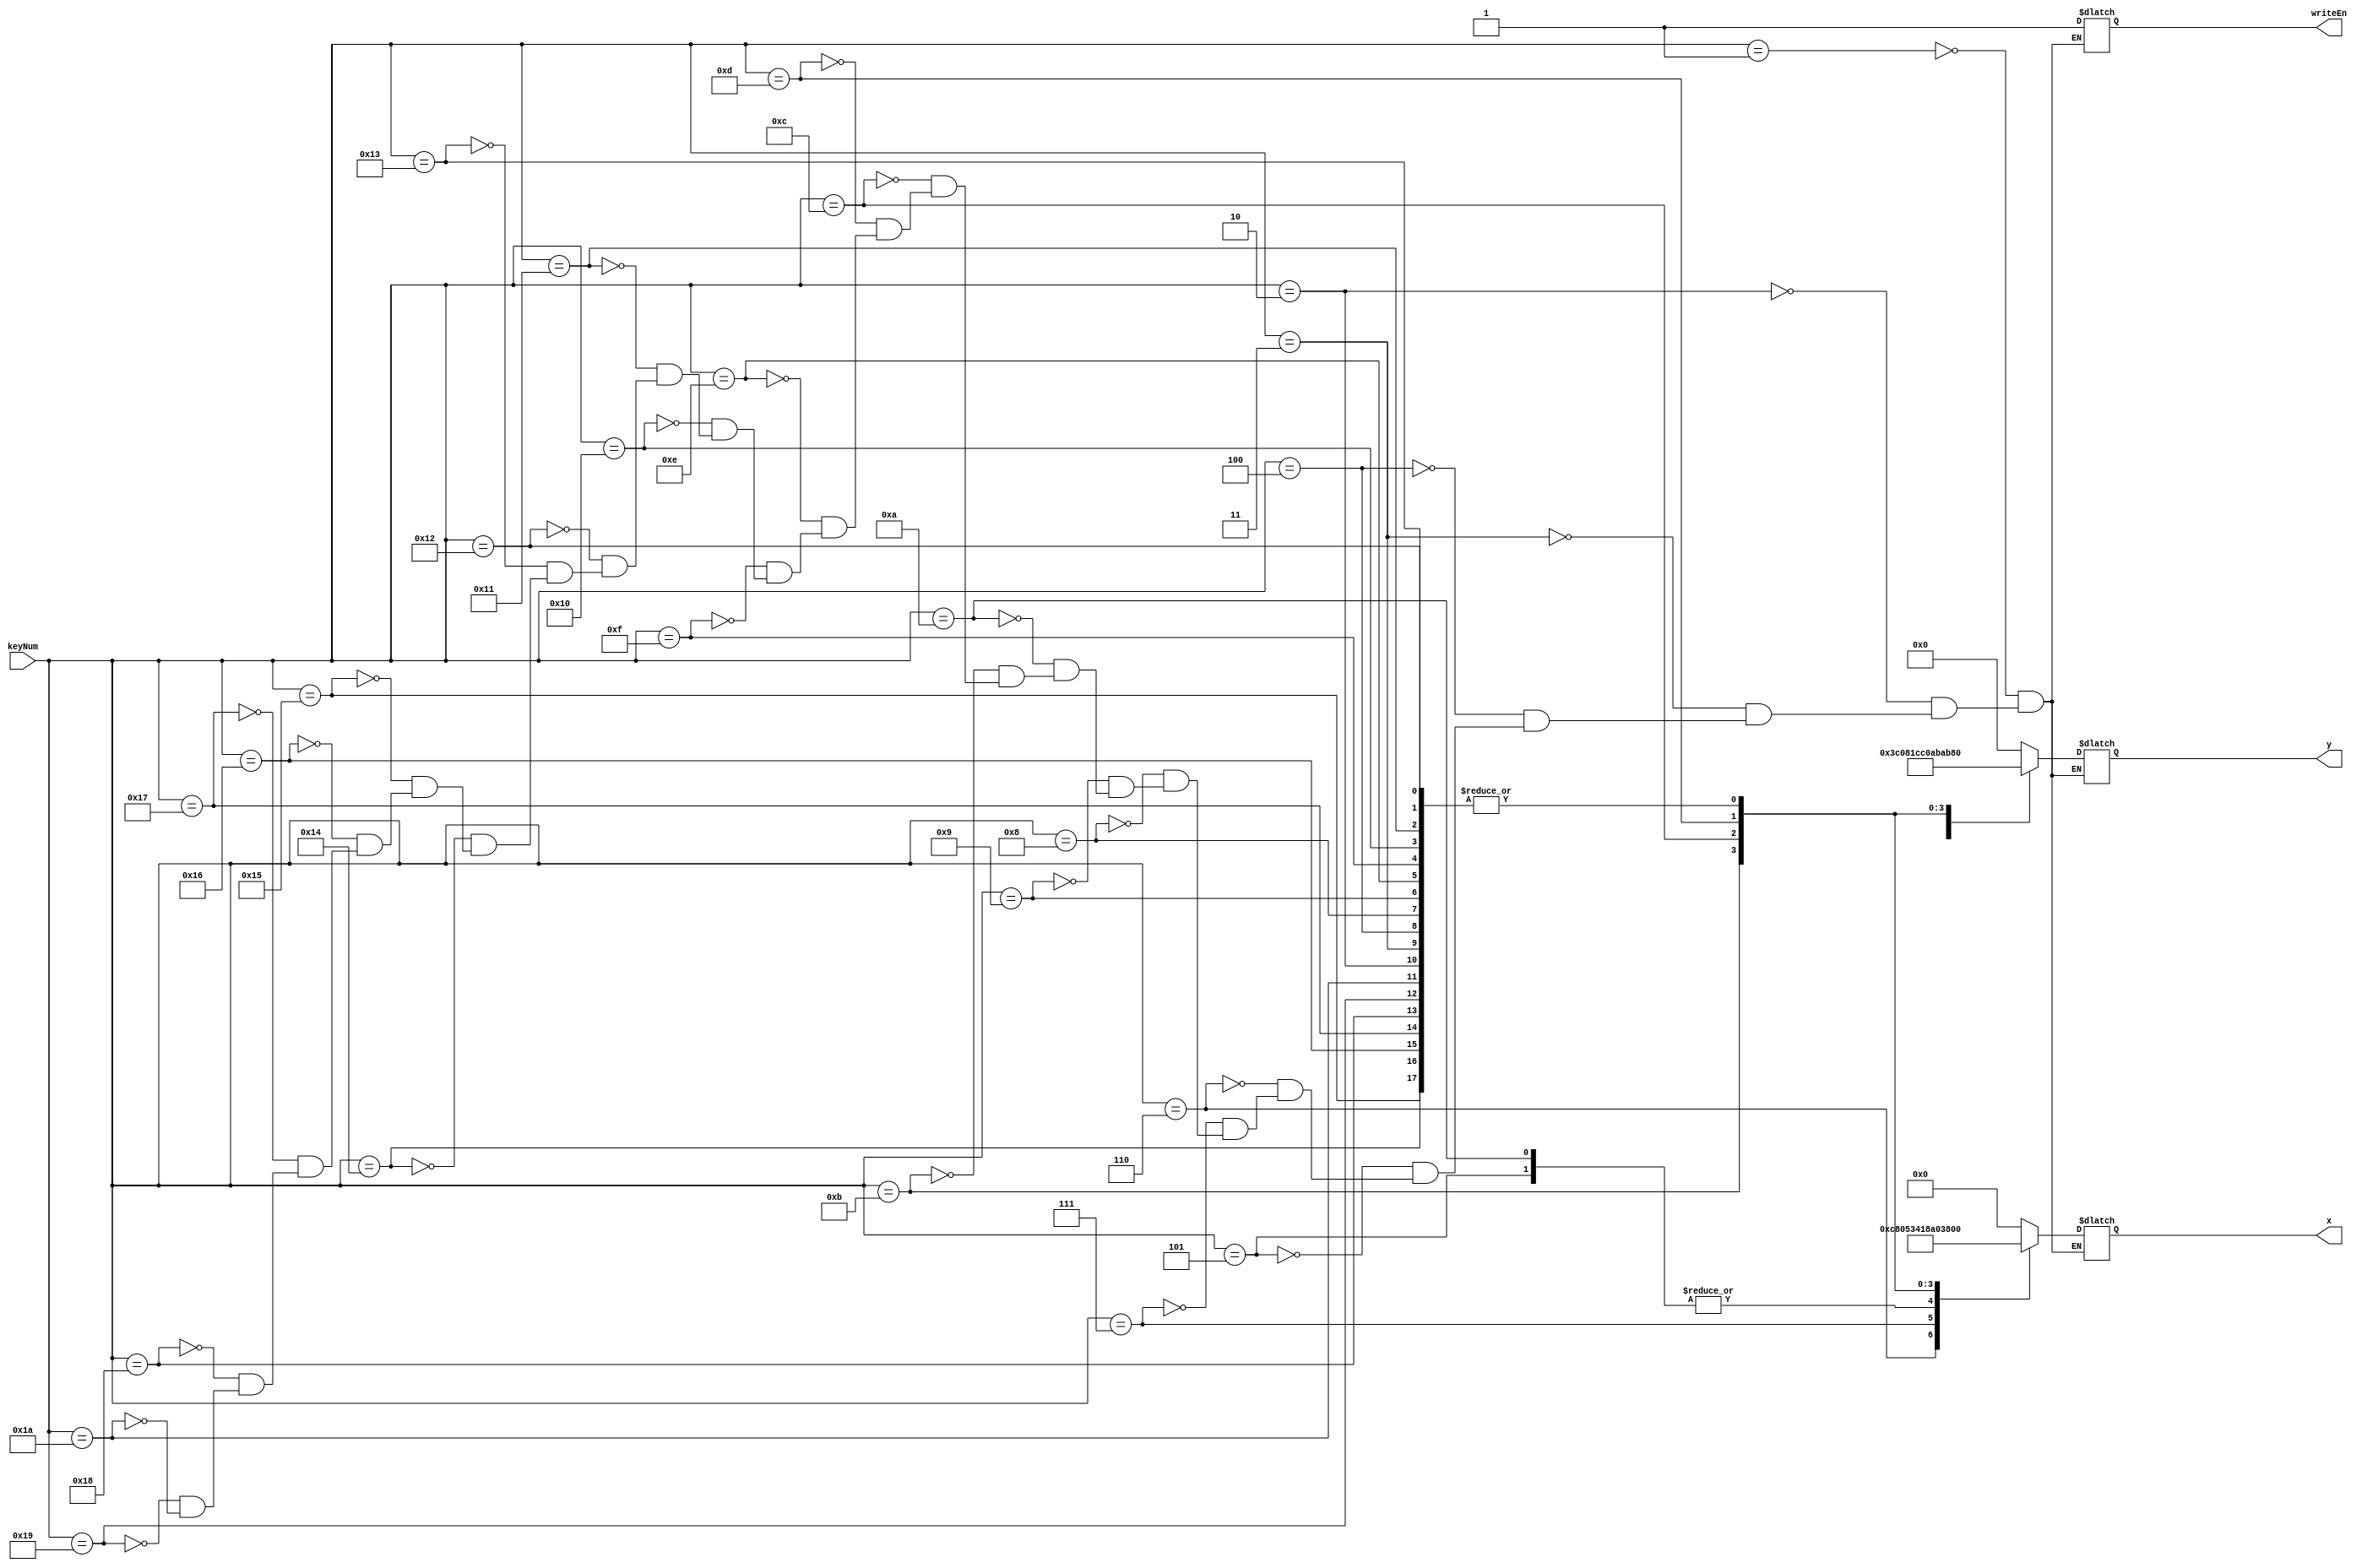
module drawLUT(keyNum, x, y, writeEn);
	input [7:0] keyNum;
	output reg writeEn;
	output reg [7:0] x;
	output reg [6:0] y;
	always@(keyNum)
	begin
		case(keyNum)
			1:
			begin 
				x <= 0;
				y <= 0;
				writeEn <= 1;
			end
			2:
			begin 
				x <= 1;
				y <= 1;
				writeEn <= 1;
			end
			3:
			begin 
				x <= 1;
				y <= 1;
				writeEn <= 1;
			end
			4:
			begin 
				x <= 1;
				y <= 1;
				writeEn <= 1;
			end
			5:
			begin 
				x <= 52;
				y <= 30;
				writeEn <= 1;
			end
			6:
			begin 
				x <= 200;
				y <= 130;
				writeEn <= 1;
			end
			7:
			begin 
				x <= 5;
				y <= 3;
				writeEn <= 1;
			end
			8:
			begin 
				x <= 1;
				y <= 1;
				writeEn <= 1;
			end
			9:
			begin 
				x <= 1;
				y <= 1;
				writeEn <= 1;
			end
			10:
			begin 
				x <= 52;
				y <= 76;
				writeEn <= 1;
			end
			11:
			begin 
				x <= 24;
				y <= 5;
				writeEn <= 1;
			end
			12:
			begin 
				x <= 160;
				y <= 46;
				writeEn <= 1;
			end
			13:
			begin 
				x <= 56;
				y <= 87;
				writeEn <= 1;
			end
			14:
			begin 
				x <= 1;
				y <= 1;
				writeEn <= 1;
			end
			15:
			begin 
				x <= 1;
				y <= 1;
				writeEn <= 1;
			end
			16:
			begin 
				x <= 1;
				y <= 1;
				writeEn <= 1;
			end
			17:
			begin 
				x <= 1;
				y <= 1;
				writeEn <= 1;
			end
			18:
			begin 
				x <= 1;
				y <= 1;
				writeEn <= 1;
			end
			19:
			begin 
				x <= 1;
				y <= 1;
				writeEn <= 1;
			end
			20:
			begin 
				x <= 1;
				y <= 1;
				writeEn <= 1;
			end
			21:
			begin 
				x <= 1;
				y <= 1;
				writeEn <= 1;
			end
			22:
			begin 
				x <= 1;
				y <= 1;
				writeEn <= 1;
			end
			23:
			begin 
				x <= 1;
				y <= 1;
				writeEn <= 1;
			end
			24:
			begin 
				x <= 1;
				y <= 1;
				writeEn <= 1;
			end
			25:
			begin 
				x <= 1;
				y <= 1;
				writeEn <= 1;
			end
			26:
			begin 
				x <= 1;
				y <= 1;
				writeEn <= 1;
			end
	
	endcase
	end
	
endmodule